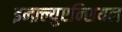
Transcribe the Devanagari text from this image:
इन्फ़्ल्युएन्शियल